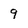
Character: 9